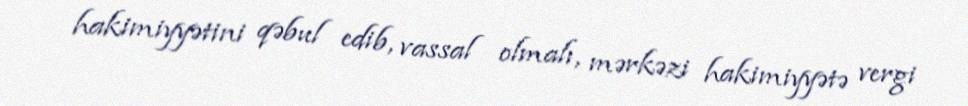
hakimiyyətini qəbul edib, vassal olmalı, mərkəzi hakimiyyətə vergi